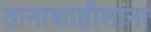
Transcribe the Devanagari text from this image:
तानाशाहीलाना